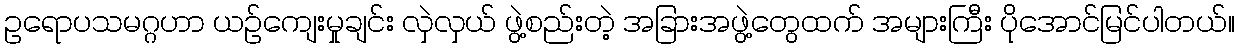
ဥရောပသမဂ္ဂဟာ ယဉ်ကျေးမှုချင်း လှဲလှယ် ဖွဲ့စည်းတဲ့ အခြားအဖွဲ့တွေထက် အများကြီး ပိုအောင်မြင်ပါတယ်။